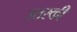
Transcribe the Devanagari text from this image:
उत्तरकी